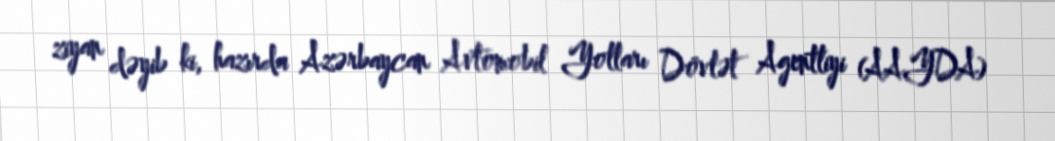
ziyan dəyib ki, hazırda Azərbaycan Avtomobil Yolları Dövlət Agentliyi (AAYDA)